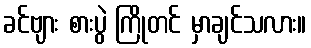
ခင်ဗျား စားပွဲ ကြိုတင် မှာချင်သလား။